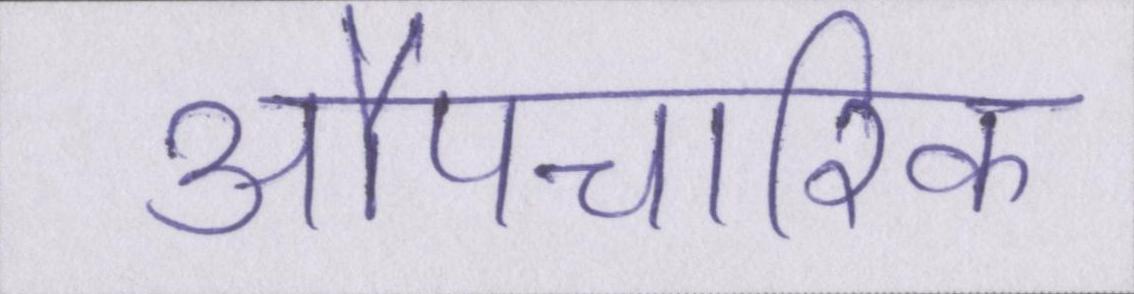
औपचारिक